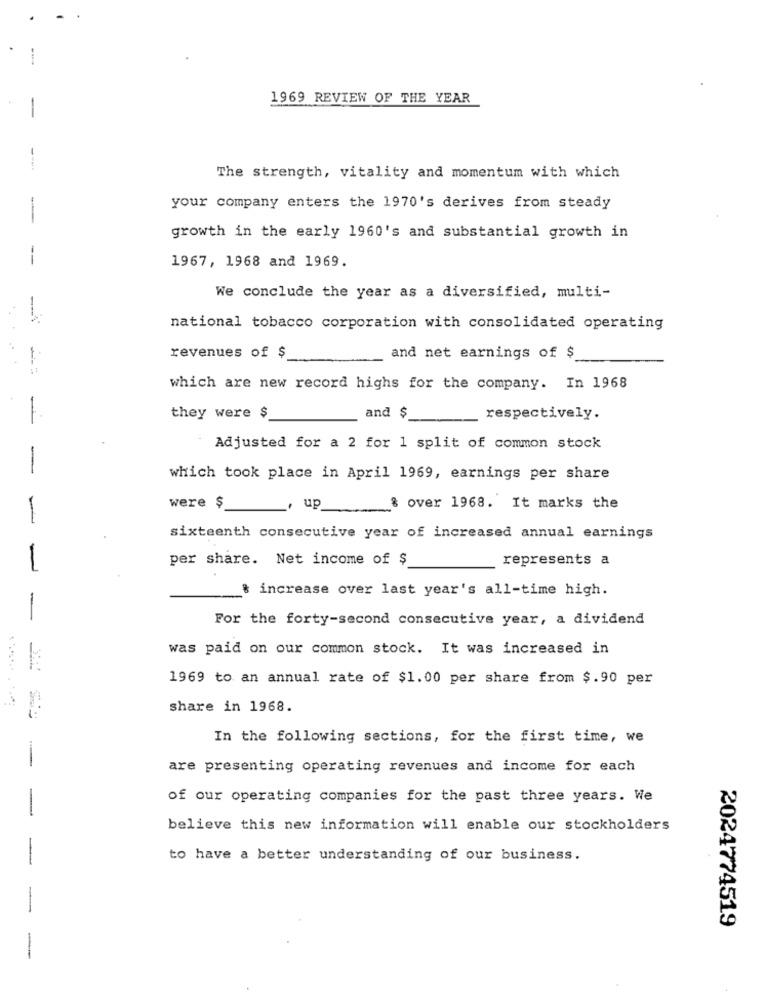
1969 REVIEW OF THE YEAR
The strength, vitality and momentum with which
your company enters the 1970's derives from steady
-
growth in the early 1960's and substantial growth in
--
1967, 1968 and 1969.
We conclude the year as a diversified, multi-
national tobacco corporation with consolidated operating
revenues of $
and net earnings of $
==
which are new record highs for the company. In 1968
they were $
and $
respectively.
Adjusted for a 2 for 1 split of common stock
which took place in April 1969, earnings per share
were $
up
& over 1968. It marks the
-
sixteenth consecutive year of increased annual earnings
per share. Net income of $
represents a
-
% increase over last year's all-time high.
-
For the forty-second consecutive year, a dividend
was paid on our common stock. It was increased in
1969 to an annual rate of $1.00 per share from $.90 per
share in 1968.
In the following sections, for the first time, we
are presenting operating revenues and income for each
of our operating companies for the past three years. We
-
believe this new information will enable our stockholders
to have a better understanding of our business.
2024774519
-